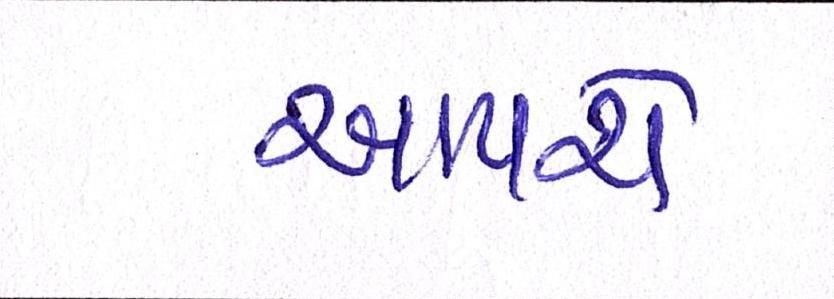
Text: આપશે